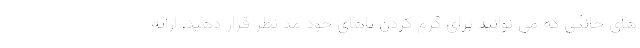
های خانگی که می توانید برای گرم کردن پاهای خود مد نظر قرار دهید، ارائه